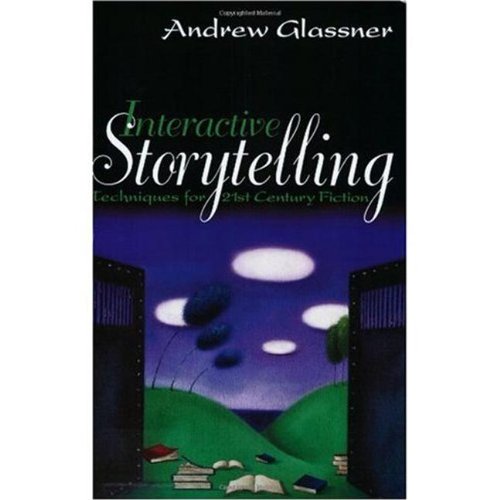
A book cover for Interactive Storytelling: Techniques for 21st Century Fiction; Andrew Glassner; Teen & Young Adult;